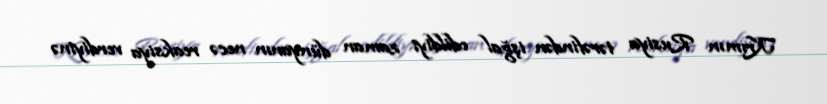
Krımın Rusiya tərəfindən işğal edildiyi zaman dünyanın necə reaksiya verdiyinə